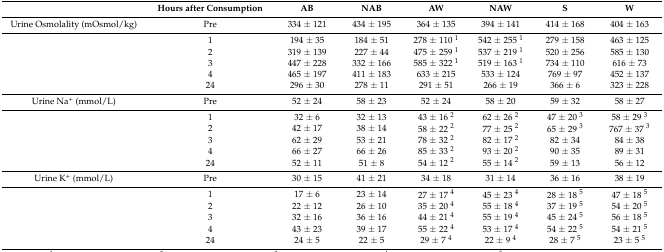
<table><thead><tr><td></td><td><b>Hours after Consumption</b></td><td><b>AB</b></td><td><b>NAB</b></td><td><b>AW</b></td><td><b>NAW</b></td><td><b>S</b></td><td><b>W</b></td></tr></thead><tbody><tr><td>Urine Osmolality (mOsmol/kg)</td><td>Pre</td><td>334 ± 121</td><td>434 ± 195</td><td>364 ± 135</td><td>394 ± 141</td><td>414 ± 168</td><td>404 ± 163</td></tr><tr><td></td><td>1</td><td>194 ± 35</td><td>184 ± 51</td><td>278 ± 110 <sup>1</sup></td><td>542 ± 255 <sup>1</sup></td><td>279 ± 158</td><td>463 ± 125</td></tr><tr><td></td><td>2</td><td>319 ± 139</td><td>227 ± 44</td><td>475 ± 259 <sup>1</sup></td><td>537 ± 219 <sup>1</sup></td><td>520 ± 256</td><td>585 ± 130</td></tr><tr><td></td><td>3</td><td>447 ± 228</td><td>332 ± 166</td><td>585 ± 322 <sup>1</sup></td><td>519 ± 163 <sup>1</sup></td><td>734 ± 110</td><td>616 ± 73</td></tr><tr><td></td><td>4</td><td>465 ± 197</td><td>411 ± 183</td><td>633 ± 215</td><td>533 ± 124</td><td>769 ± 97</td><td>452 ± 137</td></tr><tr><td></td><td>24</td><td>296 ± 30</td><td>278 ± 11</td><td>291 ± 51</td><td>266 ± 19</td><td>366 ± 6</td><td>323 ± 228</td></tr><tr><td>Urine Na<sup>+</sup> (mmol/L)</td><td>Pre</td><td>52 ± 24</td><td>58 ± 23</td><td>52 ± 24</td><td>58 ± 20</td><td>59 ± 32</td><td>58 ± 27</td></tr><tr><td></td><td>1</td><td>32 ± 6</td><td>32 ± 13</td><td>43 ± 16 <sup>2</sup></td><td>62 ± 26 <sup>2</sup></td><td>47 ± 20 <sup>3</sup></td><td>58 ± 29 <sup>3</sup></td></tr><tr><td></td><td>2</td><td>42 ± 17</td><td>38 ± 14</td><td>58 ± 22 <sup>2</sup></td><td>77 ± 25 <sup>2</sup></td><td>65 ± 29 <sup>3</sup></td><td>767 ± 37 <sup>3</sup></td></tr><tr><td></td><td>3</td><td>62 ± 29</td><td>53 ± 21</td><td>78 ± 32 <sup>2</sup></td><td>82 ± 17 <sup>2</sup></td><td>82 ± 34</td><td>84 ± 38</td></tr><tr><td></td><td>4</td><td>66 ± 27</td><td>66 ± 26</td><td>85 ± 33 <sup>2</sup></td><td>93 ± 20 <sup>2</sup></td><td>90 ± 35</td><td>89 ± 31</td></tr><tr><td></td><td>24</td><td>52 ± 11</td><td>51 ± 8</td><td>54 ± 12 <sup>2</sup></td><td>55 ± 14 <sup>2</sup></td><td>59 ± 13</td><td>56 ± 12</td></tr><tr><td>Urine K<sup>+</sup> (mmol/L)</td><td>Pre</td><td>30 ± 15</td><td>41 ± 21</td><td>34 ± 18</td><td>31 ± 14</td><td>36 ± 16</td><td>38 ± 19</td></tr><tr><td></td><td>1</td><td>17 ± 6</td><td>23 ± 14</td><td>27 ± 17 <sup>4</sup></td><td>45 ± 23 <sup>4</sup></td><td>28 ± 18 <sup>5</sup></td><td>47 ± 18 <sup>5</sup></td></tr><tr><td></td><td>2</td><td>22 ± 12</td><td>26 ± 10</td><td>35 ± 20 <sup>4</sup></td><td>55 ± 18 <sup>4</sup></td><td>37 ± 19 <sup>5</sup></td><td>54 ± 20 <sup>5</sup></td></tr><tr><td></td><td>3</td><td>32 ± 16</td><td>36 ± 16</td><td>44 ± 21 <sup>4</sup></td><td>55 ± 19 <sup>4</sup></td><td>45 ± 24 <sup>5</sup></td><td>56 ± 18 <sup>5</sup></td></tr><tr><td></td><td>4</td><td>43 ± 23</td><td>39 ± 17</td><td>55 ± 22 <sup>4</sup></td><td>53 ± 17 <sup>4</sup></td><td>54 ± 22 <sup>5</sup></td><td>54 ± 21 <sup>5</sup></td></tr><tr><td></td><td>24</td><td>24 ± 5</td><td>22 ± 5</td><td>29 ± 7 <sup>4</sup></td><td>22 ± 9 <sup>4</sup></td><td>28 ± 7 <sup>5</sup></td><td>23 ± 5 <sup>5</sup></td></tr></tbody></table>